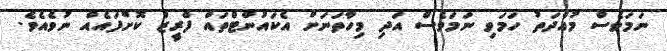
ނަމަވެސް މުއްދަތު ހަމަވި ނަމަވެސް އަދި މިހާތަނަށް އެކައުންޓްތައް ފްރީޒް ކޮށްފައެއް ނުވެއެވެ.